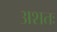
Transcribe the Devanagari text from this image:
अशतः